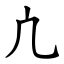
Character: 凣